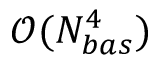
\mathcal { O } ( N _ { b a s } ^ { 4 } )